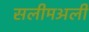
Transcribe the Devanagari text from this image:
सलीमअली